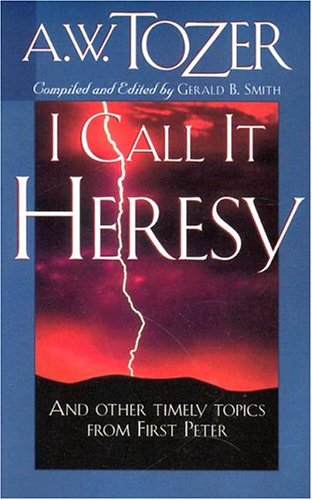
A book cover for I Call It Heresy!; A. W. Tozer; Christian Books & Bibles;